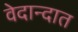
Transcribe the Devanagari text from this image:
वेदान्दात